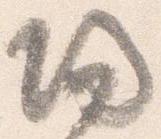
帰